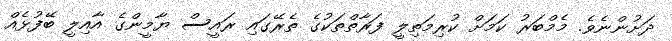
ދަށުންނެވެ. މެމްބަރު ކަމަށް ކުރިމަތިލީ ފަރާތްތަކުގެ ތެރޭގައި ރައީސް ޔާމީންގެ އާއިލީ ބޭފުޅެއް